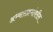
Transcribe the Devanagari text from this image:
अभ्यासक्रमांवरील